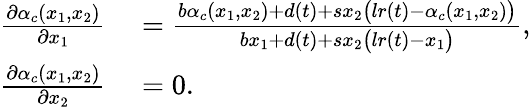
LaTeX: \begin{array}{rl}{\frac{\partial\alpha_{c}(x_{1},x_{2})}{\partial x_{1}}}&{{}=\frac{b\alpha_{c}(x_{1},x_{2})+d(t)+sx_{2}\big(lr(t)-\alpha_{c}(x_{1},x_{2})\big)}{bx_{1}+d(t)+sx_{2}\big(lr(t)-x_{1}\big)},}\\ {\frac{\partial\alpha_{c}(x_{1},x_{2})}{\partial x_{2}}}&{{}=0.}\end{array}